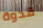
قدوة